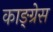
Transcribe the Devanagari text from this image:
काङ्ग्रेस